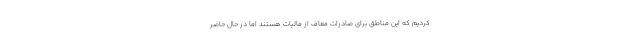
کردیم که این مناطق برای صادرات معاف از مالیات هستند اما در حال حاضر